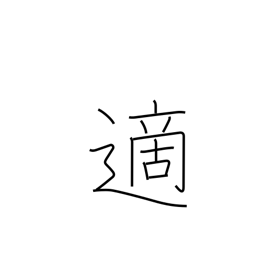
Meaning: occasional